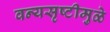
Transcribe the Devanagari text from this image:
वन्यसृष्टीमुळे